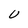
Character: U